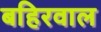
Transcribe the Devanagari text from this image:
बहिरवाल